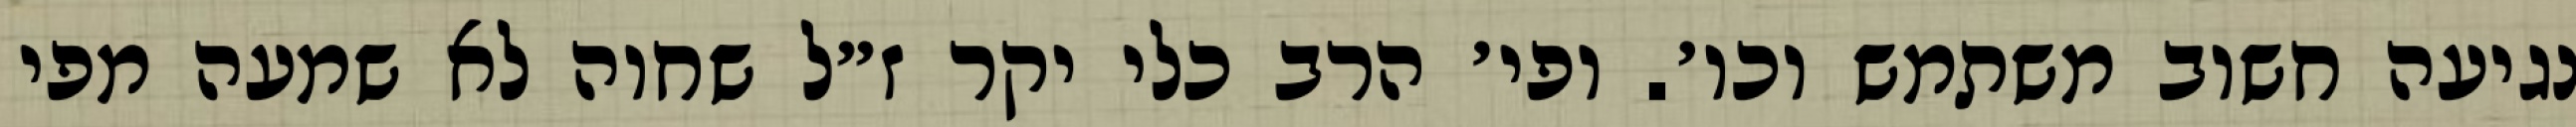
נגיעה חשוב משתמש וכו׳. ופי׳ הרב כלי יקר ז״ל שחוה לא שמעה מפי